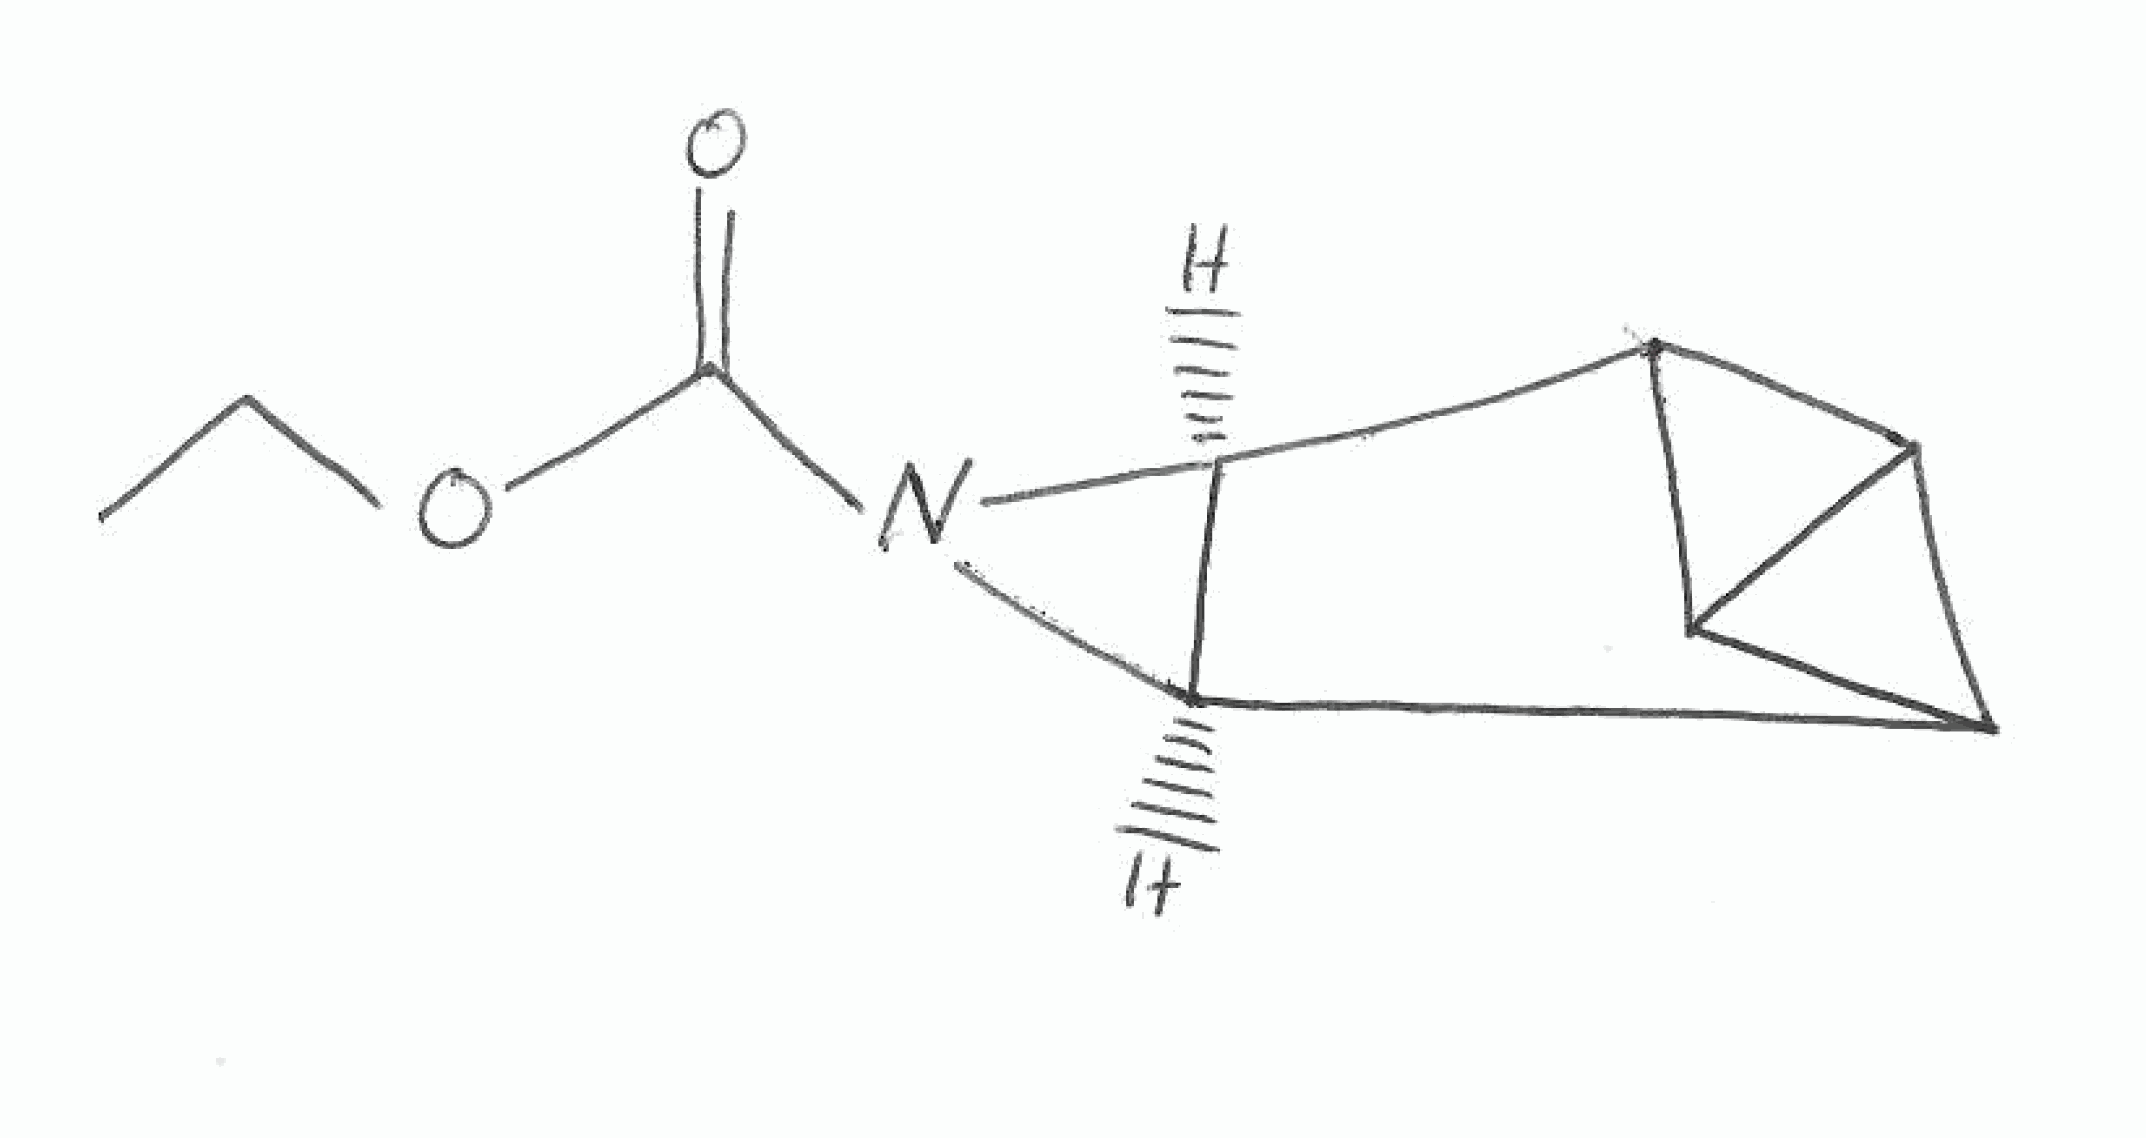
Simplified molecular-input line-entry system (SMILES) notation of the given molecule:
CCOC(=O)N1[C@@H]2[C@H]1C3C4C2C34